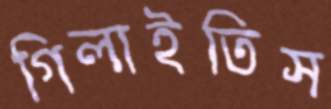
গিলাইতিস